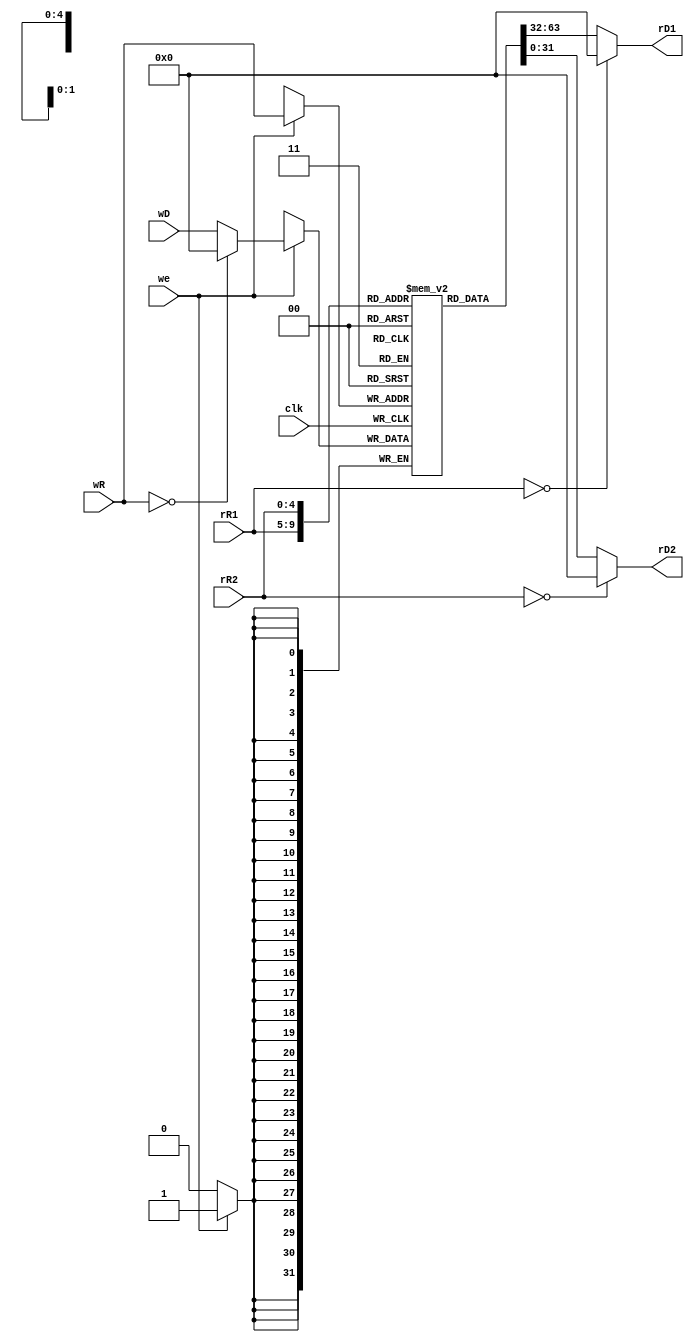
module RF (
    input clk,
    input [4:0] rR1,
    input [4:0] rR2,
    input [4:0] wR,
    input [31:0] wD,

    input we,

    output [31:0] rD1,
    output [31:0] rD2
);
    reg [31:0] regs[31:0];
    integer i;
    initial begin
        for (i = 0; i<32; i = i + 1) begin
            regs[i] = 32'd0;
        end
    end
    
    //read
    assign rD1 = (rR1 == 5'b0) ? 32'b0 : regs[rR1];
    assign rD2 = (rR2 == 5'b0) ? 32'b0 : regs[rR2];

    //write
    always @(posedge clk) begin
        if(we)
            regs[wR] <= ((wR == 5'b0) ? 32'b0 : wD); 
    end

    
endmodule